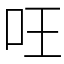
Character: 㕵